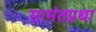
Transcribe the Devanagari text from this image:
सामंतप्रथा